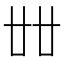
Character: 𠦜